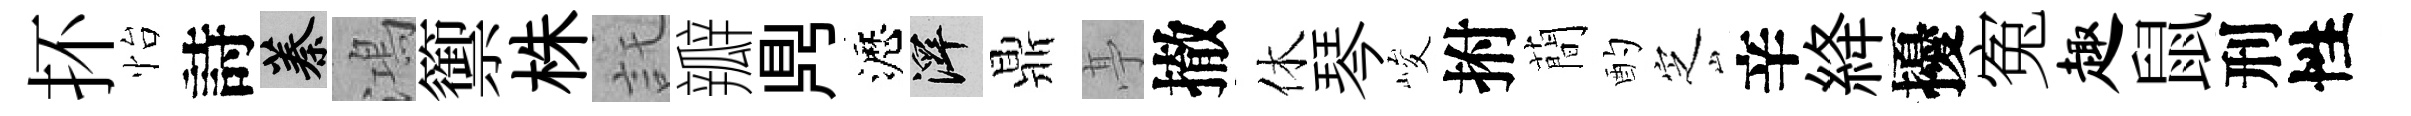
抔怡詩蓁鴻籞株託瓣𪔂瀝澤鼎𠅘撤休琴峻拊蕳酌㝎辛絳擾寃趣鼠刑性